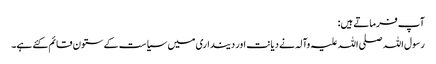
آپ فرماتے ہیں:
رسول اللہ صلی اللہ علیہ وآلہ نے دیانت اور دینداری میں سیاست کے ستون قائم کئے ہے۔